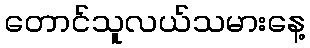
တောင်သူလယ်သမားနေ့